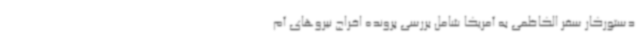
دستورکار سفر الکاظمی به آمریکا شامل بررسی پرونده اخراج نیروهای آم